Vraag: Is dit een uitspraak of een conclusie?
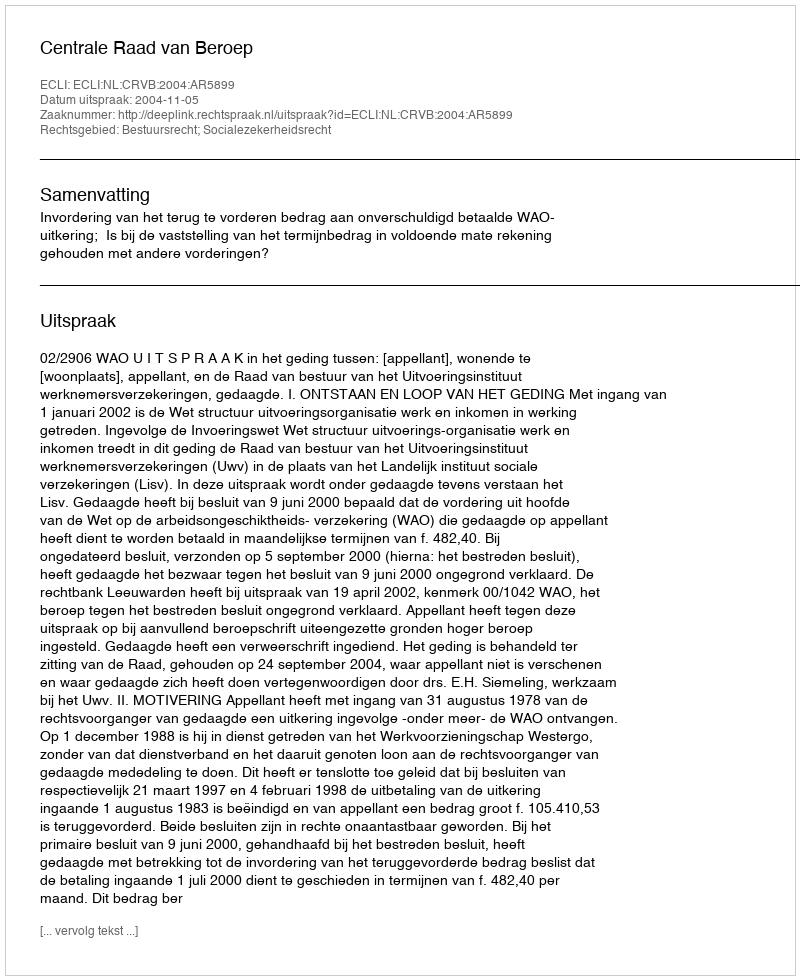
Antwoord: Uitspraak